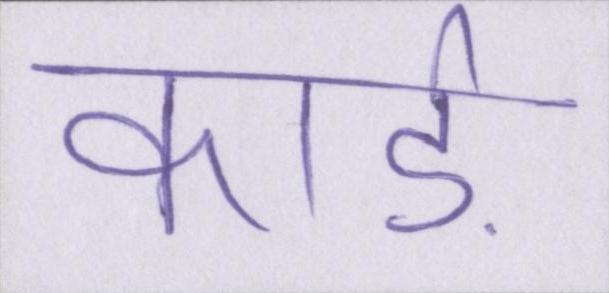
कार्ड़